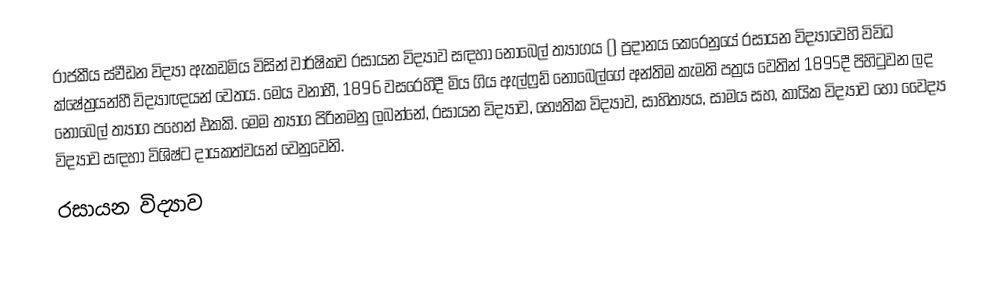
රාජකීය ස්වීඩන විද්‍යා ඇකඩමිය  විසින් වාර්ෂිකව රසායන විද්‍යාව සඳහා නොබෙල් ත්‍යාගය () ප්‍රදානය කෙරෙනුයේ  රසායන විද්‍යාවෙහි විවිධ ක්ෂේත්‍රයන්හී විද්‍යාඥයන් වෙතය. මෙය වනාහී,  1896 වසරෙහිදී මිය ගිය ඇල්ෆ්‍රඩ් නොබෙල්ගේ අන්තිම කැමති පත්‍රය වෙතින් 1895දී පිහිටුවන ලද  නොබෙල් ත්‍යාග පහෙන් එකකි.  මෙම ත්‍යාග පිරිනමනු ලබන්නේ, රසායන විද්‍යාව, භෞතික විද්‍යාව, සාහිත්‍යය, සාමය සහ, කායික විද්‍යාව හෝ වෛද්‍ය විද්‍යාව සඳහා විශිෂ්ට දායකත්වයන් වෙනුවෙනි.
රසායන විද්‍යාව